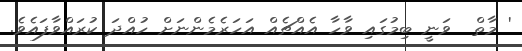
' މާތް  ވަނީ ބިމުގައި ވާހާ އެއްޗެއް އަހަރެމެންނަށް ހުއްދަ ކުރައްވާފައެވެ.